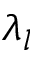
\lambda _ { l }